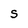
Character: S